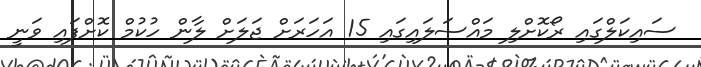
ސައިކަލްގައި ރޯކޮށްލި މައްސަލައިގައި 15 އަހަރަށް ޖަލަށް ލާން ހުކުމް ކޮށްފައި ވަނީ